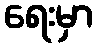
ရေးမှာ